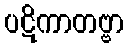
ပဋိကာတဗ္ဗာ